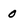
Character: 0